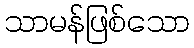
သာမန်ဖြစ်သော